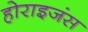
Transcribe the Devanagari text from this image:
होराइजंस